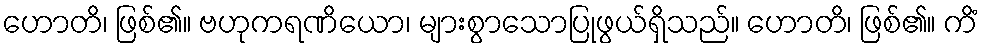
ဟောတိ၊ ဖြစ်၏။ ဗဟုကရဏိယော၊ များစွာသောပြုဖွယ်ရှိသည်။ ဟောတိ၊ ဖြစ်၏။ ကိံ